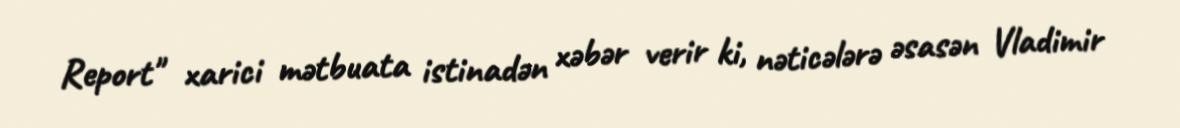
Report" xarici mətbuata istinadən xəbər verir ki, nəticələrə əsasən Vladimir